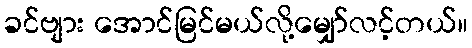
ခင်ဗျား အောင်မြင်မယ်လို့မျှော်လင့်တယ်။